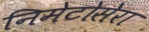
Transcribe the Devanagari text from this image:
निमेटोसेरा